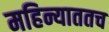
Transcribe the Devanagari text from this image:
महिन्याततच